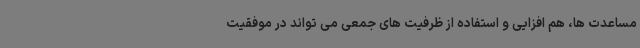
مساعدت ها، هم افزایی و استفاده از ظرفیت های جمعی می تواند در موفقیت